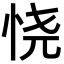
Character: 𢙒